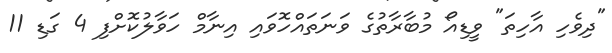
"ދިވެހި އާހިތަ" ވީޑިއޯ މުބާރާތުގެ ވަނަތައްހޮވައި އިނާމް ހަވާލުކޮށްފި 4 ގަޑި 11